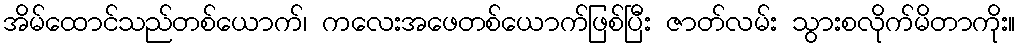
အိမ်ထောင်သည်တစ်ယောက်၊ ကလေးအဖေတစ်ယောက်ဖြစ်ပြီး ဇာတ်လမ်း သွားစလိုက်မိတာကိုး။